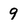
Character: 9